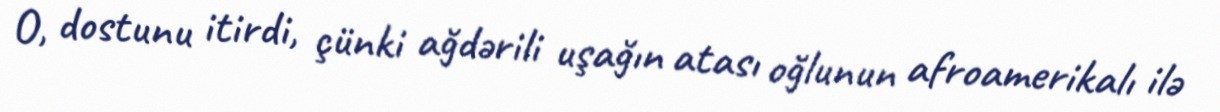
O, dostunu itirdi, çünki ağdərili uşağın atası oğlunun afroamerikalı ilə